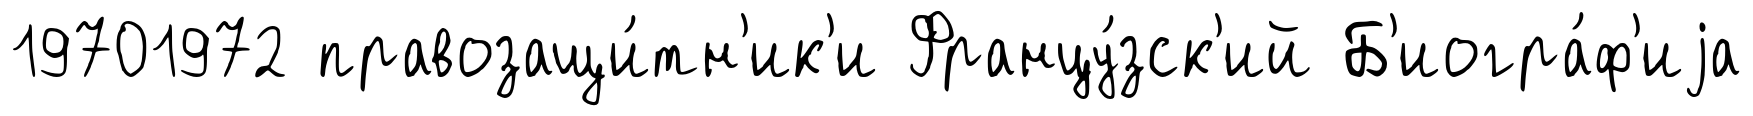
19701972 правозащи́тн'ик'и Францу́зск'ий Б'иогра́ф'иjа